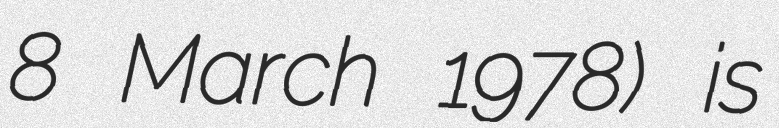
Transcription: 8 March 1978) is